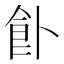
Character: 𩚅